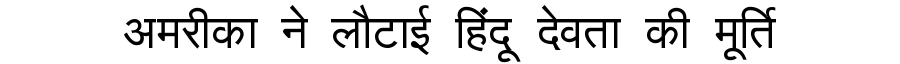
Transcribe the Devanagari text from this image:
अमरीका ने लौटाई हिंदू देवता की मूर्ति